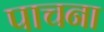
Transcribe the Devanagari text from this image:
पाचना